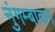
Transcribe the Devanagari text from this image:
नुंगम्बाकम